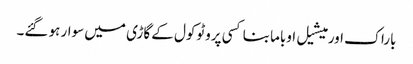
باراک اور میشیل اوباما بنا کسی پروٹوکول کے گاڑی میں سوار ہو گئے۔